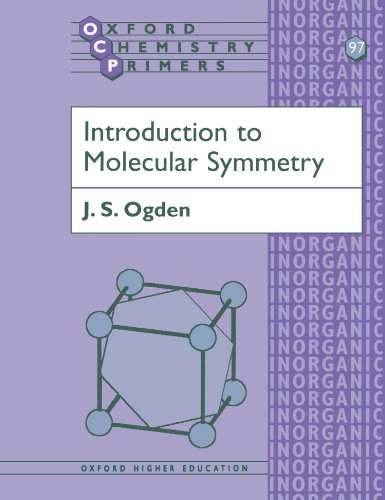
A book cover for Introduction to Molecular Symmetry (Oxford Chemistry Primers); J. S. Ogden; Science & Math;